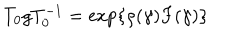
LaTeX: T _ { 0 } g T _ { 0 } ^ { - 1 } = \exp \{ \rho ( \gamma ) F ( \gamma ) \}